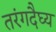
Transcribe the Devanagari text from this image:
तरंगदैघ्य